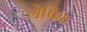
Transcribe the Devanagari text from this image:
लेपिक